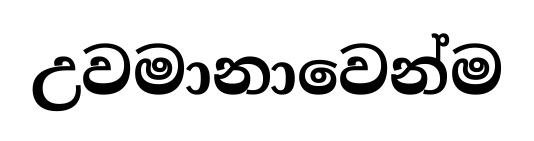
උවමානාවෙන්ම